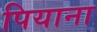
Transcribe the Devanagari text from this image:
पियाना